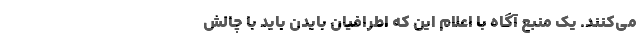
می‌کنند. یک منبع آگاه با اعلام این که اطرافیان بایدن باید با چالش